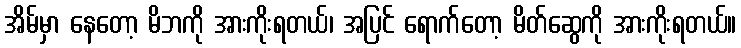
အိမ်မှာ နေတော့ မိဘကို အားကိုးရတယ်၊ အပြင် ရောက်တော့ မိတ်ဆွေကို အားကိုးရတယ်။